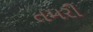
તમરી